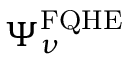
\Psi _ { \nu } ^ { \mathrm { { F Q H E } } }